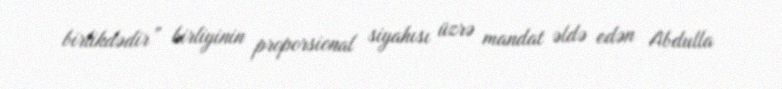
birlikdədir” birliyinin proporsional siyahısı üzrə mandat əldə edən Abdulla